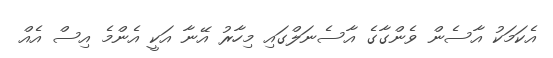
އެކަމަކު އާސެން ވެންގާގެ އާސެނަލްގައި މިހާރު އޭނާ އަކީ އެންމެ އިސް އެއްް